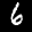
Label: 6